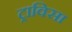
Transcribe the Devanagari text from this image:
ट्राविसा